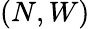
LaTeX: (N,W)